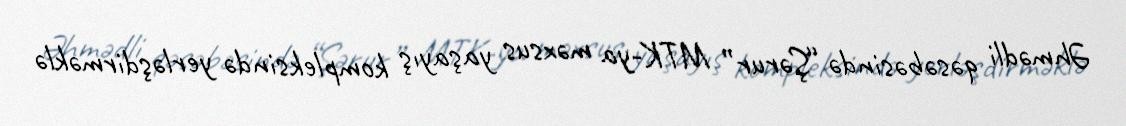
Əhmədli qəsəbəsində “Şərur” MTK-ya məxsus yaşayış kompleksində yerləşdirməklə